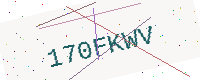
Text: 170FKWV